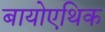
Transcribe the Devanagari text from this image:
बायोएथिक